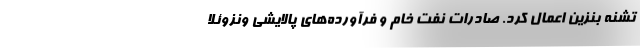
تشنه بنزین اعمال کرد. صادرات نفت خام و فرآورده‌های پالایشی ونزوئلا